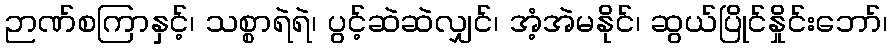
ဉာဏ်စကြာနှင့်၊ သစ္စာရဲရဲ၊ ပွင့်ဆဲဆဲလျှင်၊ အံ့အဲမနိုင်၊ ဆွယ်ပြိုင်နှိုင်းဘော်၊